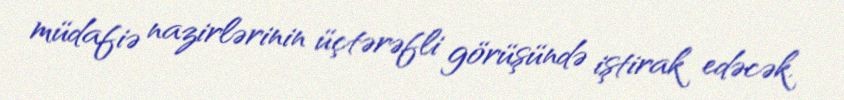
müdafiə nazirlərinin üçtərəfli görüşündə iştirak edəcək.